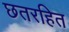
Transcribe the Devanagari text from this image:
छतरहित